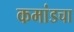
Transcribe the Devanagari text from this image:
कमांडचा